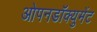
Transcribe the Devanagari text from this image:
ओपनडॉक्युमेंट